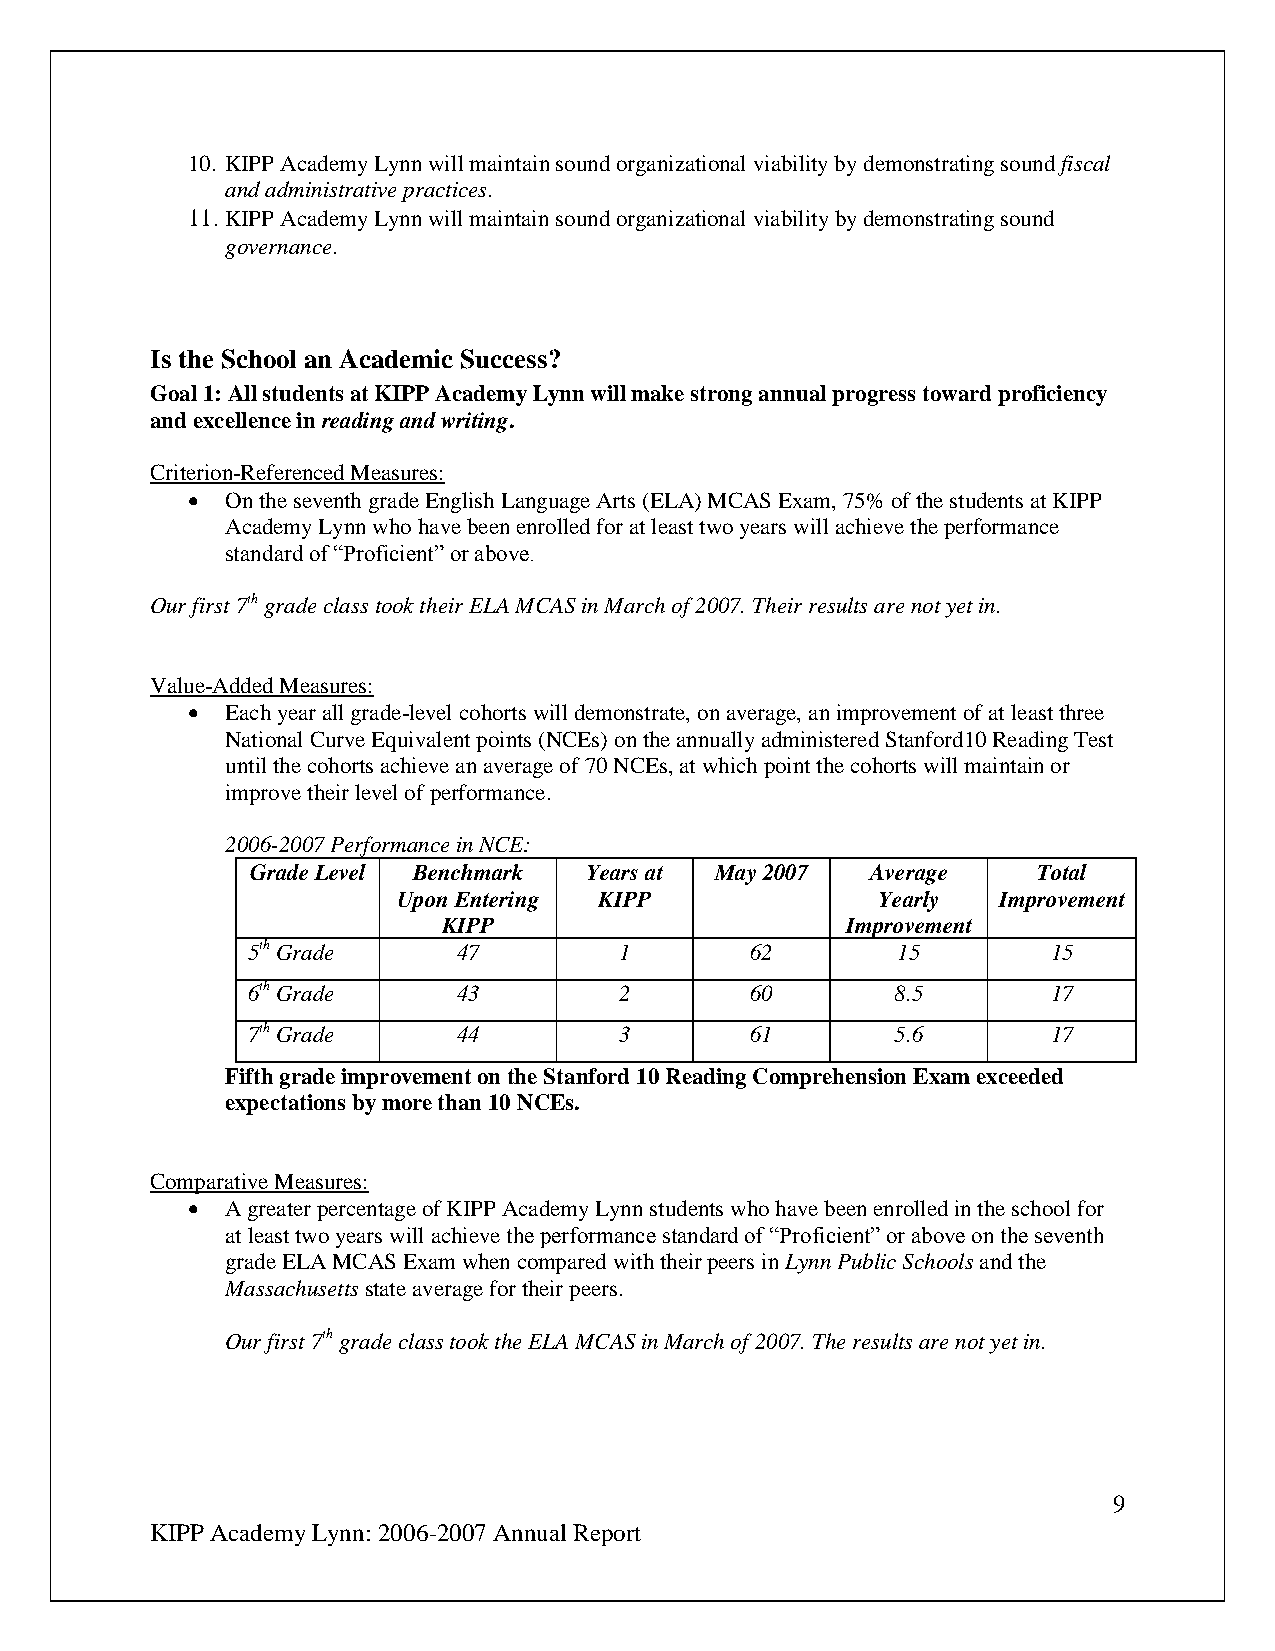
10. KIPP Academy Lynn will maintain sound organizational viability by demonstrating sound fiscal
 and administrative practices.
 11. KIPP Academy Lynn will maintain sound organizational viability by demonstrating sound
 governance.
 Is the School an Academic Success?
 Goal 1: All students at KIPP Academy Lynn will make strong annual progress toward proficiency
 and excellence in reading and writing.
 Criterion-Referenced Measures:
   On the seventh grade English Language Arts (ELA) MCAS Exam, 75% of the students at KIPP
 Academy Lynn who have been enrolled for at least two years will achieve the performance
 standard of “Proficient” or above.
 Our first 7th grade class took their ELA MCAS in March of 2007. Their results are not yet in.
 Value-Added Measures:
   Each year all grade-level cohorts will demonstrate, on average, an improvement of at least three
 National Curve Equivalent points (NCEs) on the annually administered Stanford10 Reading Test
 until the cohorts achieve an average of 70 NCEs, at which point the cohorts will maintain or
 improve their level of performance.
 2006-2007 Performance in NCE:
 Grade Level Benchmark Years at May 2007  Average    Total
 Upon Entering KIPP              Yearly  Improvement
 KIPP                       Improvement
 5th Grade     47         1        62       15         15
 6th Grade     43         2        60       8.5        17
 7th Grade     44         3        61       5.6        17
 Fifth grade improvement on the Stanford 10 Reading Comprehension Exam exceeded
 expectations by more than 10 NCEs.
 Comparative Measures:
   A greater percentage of KIPP Academy Lynn students who have been enrolled in the school for
 at least two years will achieve the performance standard of “Proficient” or above on the seventh
 grade ELA MCAS Exam when compared with their peers in Lynn Public Schools and the
 Massachusetts state average for their peers.
 Our first 7th grade class took the ELA MCAS in March of 2007. The results are not yet in.
 9
 KIPP Academy Lynn: 2006-2007 Annual Report